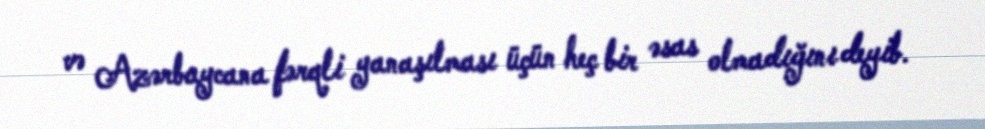
və Azərbaycana fərqli yanaşılması üçün heç bir əsas olmadığını deyib.